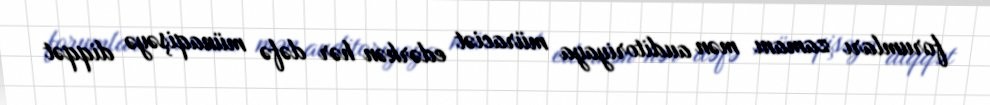
forumları zamanı mən auditoriyaya müraciət edərkən hər dəfə münaqişəyə diqqət